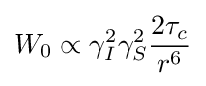
W_{0}\propto \gamma _{I}^{2}\gamma _{S}^{2}{\frac {2\tau _{c}}{r^{6}}}